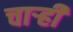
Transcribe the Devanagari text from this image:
चार्‍ही